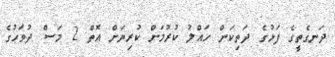
ދަނގެތީގެ ފަޅުގެ ދަތިކަން ހައްލު ކުރުމަށް ކުރިޔަށް އޮތް 2 މަސް ދުވަހުގެ